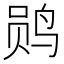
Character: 𫛫